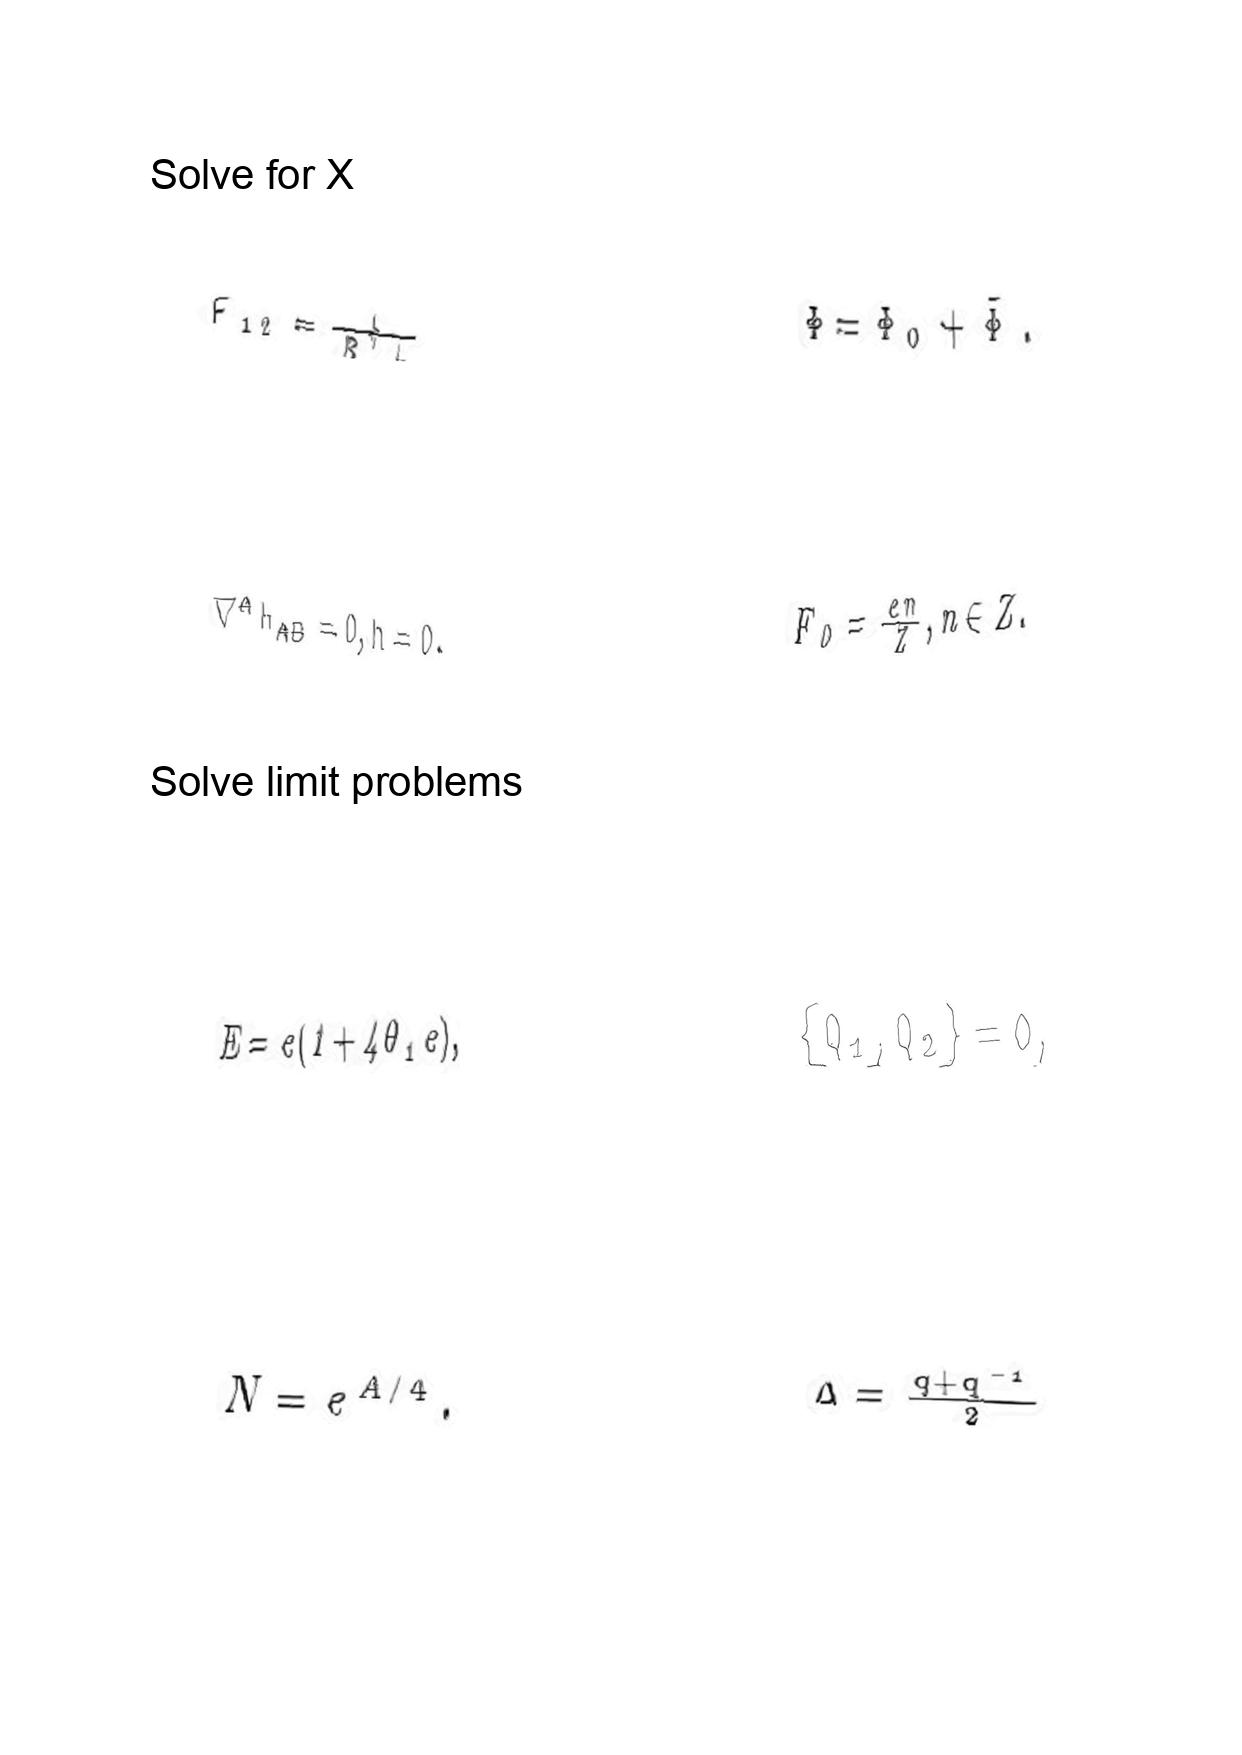
LaTeX transcription:
F _ { 1 2 } = \frac { 1 } { R ^ { \prime } L }
\nabla ^ { A } h _ { A B } = 0 , h = 0 .
E = e \lparen 1 + 4 \theta _ { 1 } e \rparen ,
N = e ^ { A / 4 } .
\Phi = \Phi _ { 0 } + \tilde { \Phi } .
F _ { 0 } = \frac { e n } { Z } , n \in Z .
\lbrace Q _ { 1 } , Q _ { 2 } \rbrace = 0 ,
\Delta = \frac { q + q ^ { - 1 } } { 2 }